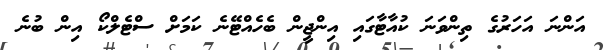
އަންނަ އަހަރުގެ ތިންވަނަ ކުއާޓާގައި އިންޖީން ބެހެއްޓޭނެ ކަމަށް ސްޓެލްކޯ އިން ބުނެ